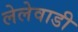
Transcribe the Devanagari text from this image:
लेलेवाडी